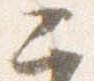
二